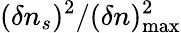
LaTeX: (\delta n_{s})^{2}/(\delta n)_{\mathrm{max}}^{2}